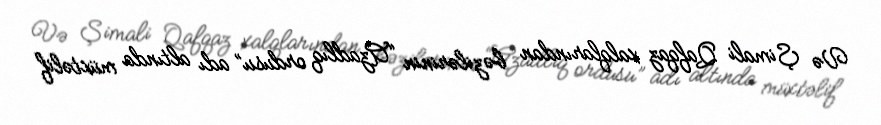
Və Şimali Qafqaz xalqlarından bəzilərinin “Azadlıq ordusu” adı altında müxtəlif